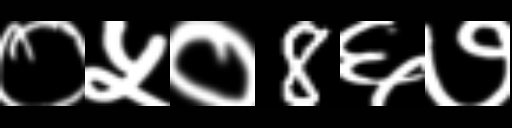
Text: ०५०8६७